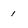
Character: i